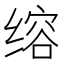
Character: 𮶅